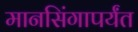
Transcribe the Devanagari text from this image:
मानसिंगापर्यंत